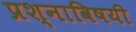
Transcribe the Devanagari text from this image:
प्रश्नाविषयी